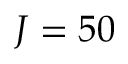
J = 5 0